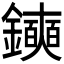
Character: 𫓛